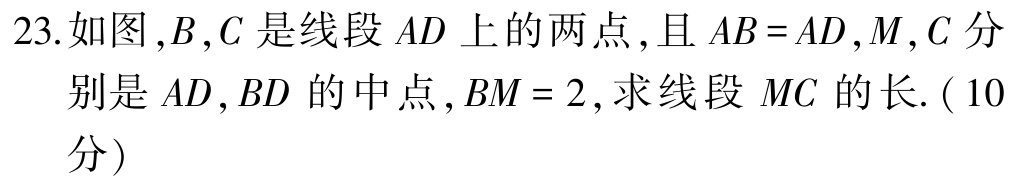
23.如图，\(B,C\)是线段\(AD\)上的两点，且\(AB = AD\)，\(M,C\)分别是\(AD,BD\)的中点，\(BM = 2\)，求线段\(MC\)的长.（10分）